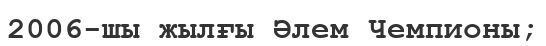
2006-шы жылғы Әлем Чемпионы;